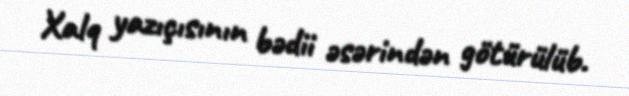
Xalq yazıçısının bədii əsərindən götürülüb.